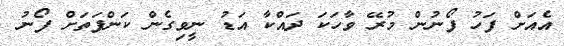
އެއަށް ފަހު ފޯނުން މުރޭ ވާހަކަ ދައްކާ އަޑު ނީވިގެން ކަންފަތަށް ފޯނު